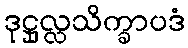
ဒုဋ္ဌုလ္လသိက္ခာပဒံ